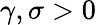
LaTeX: \gamma,\sigma>0